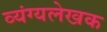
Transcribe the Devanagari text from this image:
व्यंग्यलेखक